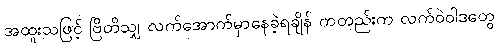
အထူးသဖြင့် ဗြိတိသျှ လက်အောက်မှာနေခဲ့ရချိန် ကတည်းက လက်ဝဲဝါဒတွေ